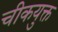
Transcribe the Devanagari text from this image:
चीकयुक्त